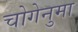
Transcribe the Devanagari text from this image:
चोगेनुमा